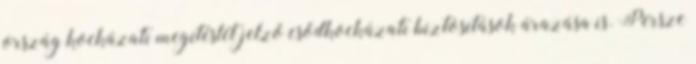
ország kockázati megítéslét jelző csődkockázati biztosítások árazása is. Persze